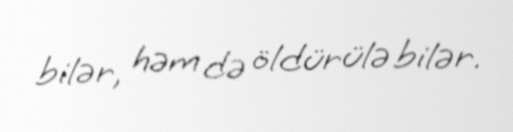
bilər, həm də öldürülə bilər.